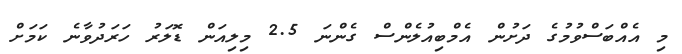
މި އެއްބަސްވުމުގެ ދަށުން އެމްބިއުލެންސް ގެންނަ 2.5 މިލިއަން ޑޮލަރު ހަރަދުވާނެ ކަމަށް